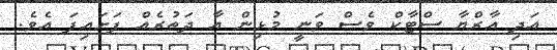
އަދި އާރްޔާ ސްޓާކް ވެސް ވަނީ މުޅިން އާ ދަތުރެއް ފަށައިފަ އެވެ.